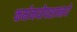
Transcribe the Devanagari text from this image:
कर्ममयोपशान्तये